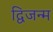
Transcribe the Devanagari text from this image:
द्विजन्‍म